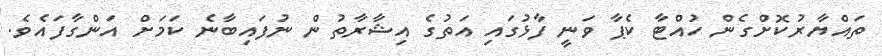
ތައްޔާރުކޮށްގެން ހުއްޓާ ކެޕާ ވަނީ ފާޅުގައި އަތުގެ އިޝާރާތުން ނުފައިބާނެ ކަމަށް އަންގާފައެވެ.